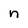
Character: n